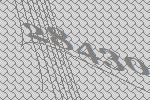
28430